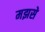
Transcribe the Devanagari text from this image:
मझसे